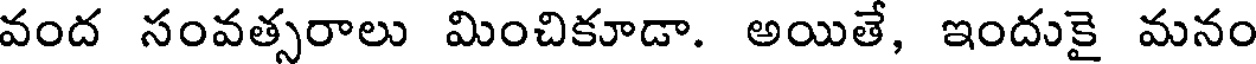
వంద సంవత్సరాలు మించికూడా. అయితే, ఇందుకై మనం